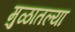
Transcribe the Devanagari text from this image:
मुळातल्या